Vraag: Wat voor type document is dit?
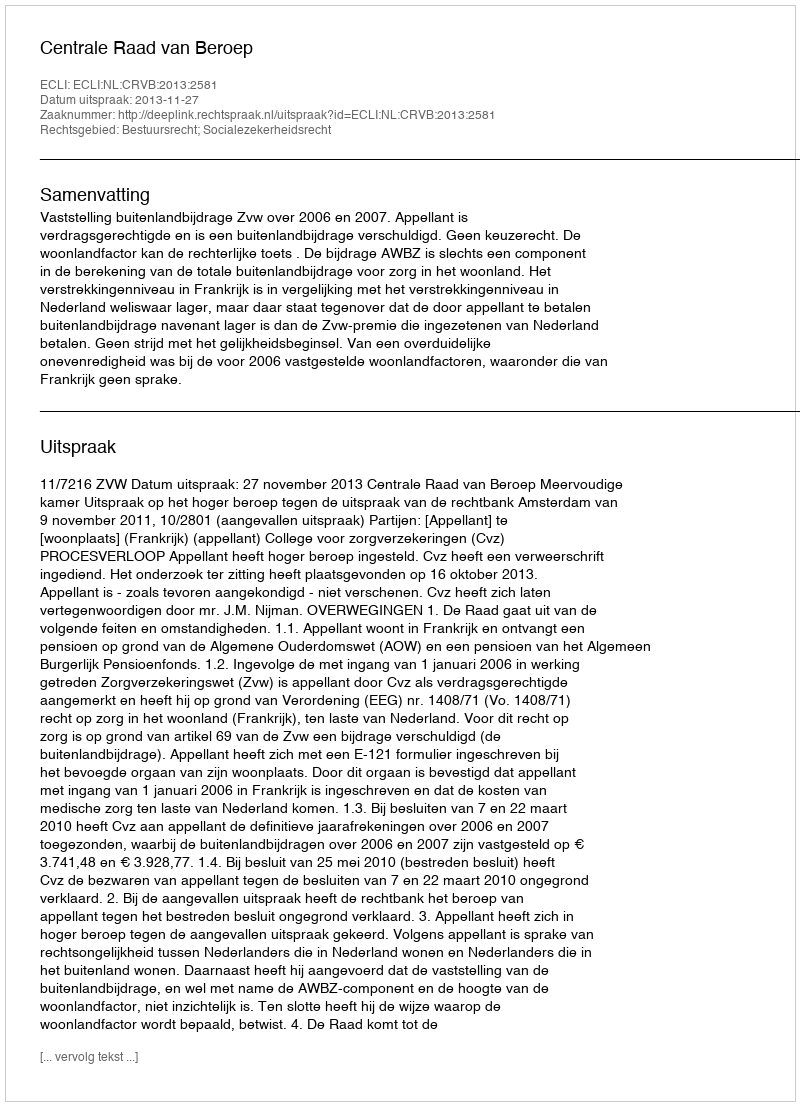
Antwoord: Uitspraak